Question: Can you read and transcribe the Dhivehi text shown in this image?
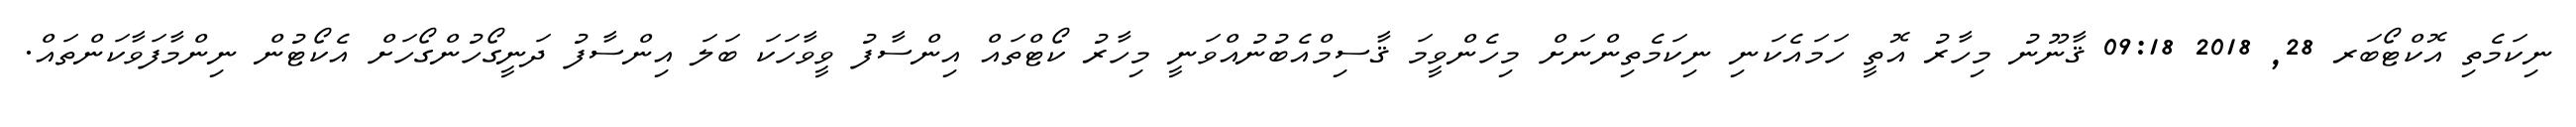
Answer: ނިކަމެތި އޮކްޓޯބަރ 28, 2018 09:18 ޤާނޫނު މިހާރު އޮތީ ހަމައެކަނި ނިކަމެތިންނަށް މިހެންވީމަ ޤާސިމްއެބުނުއްވަނީ މިހާރު ކޯޓްތައް އިންސާފު ވީވާހަކަ ބަލަ އިންސާފު ދަނީގޯހުންގޯހަށް އެކޯޓުން ނިންމާފަވާކަންތައް.